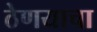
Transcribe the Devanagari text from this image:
ठेणयाचा